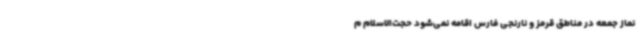
نماز جمعه در مناطق قرمز و نارنجی فارس اقامه نمی‌شود حجت‌الاسلام م